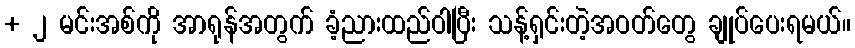
+ ၂ မင်းအစ်ကို အာရုန်အတွက် ခံ့ညားထည်ဝါပြီး သန့်ရှင်းတဲ့အဝတ်တွေ ချုပ်ပေးရမယ်။